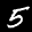
Label: 5